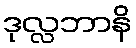
ဒုလ္လဘာနိ